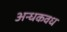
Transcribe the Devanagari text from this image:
अन्धकवध